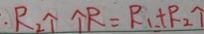
\cdot R _ { 2 } \uparrow \uparrow R = R _ { 1 } + P _ { 2 } \uparrow